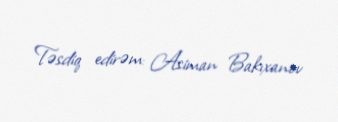
Təsdiq edirəm: Asiman Bakıxanov